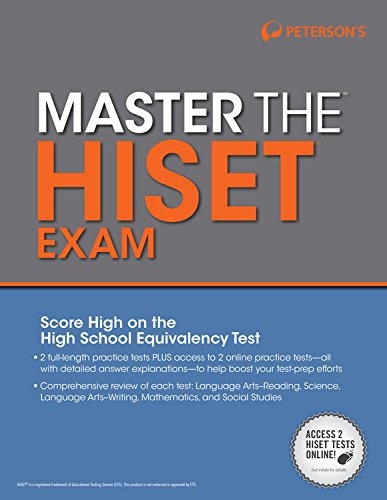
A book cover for Master the HiSET; Peterson's; Test Preparation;